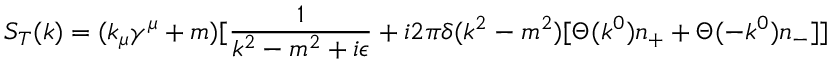
S _ { T } ( k ) = ( k _ { \mu } \gamma ^ { \mu } + m ) [ { \frac { 1 } { k ^ { 2 } - m ^ { 2 } + i \epsilon } } + i 2 \pi \delta ( k ^ { 2 } - m ^ { 2 } ) [ \Theta ( k ^ { 0 } ) n _ { + } + \Theta ( - k ^ { 0 } ) n _ { - } ] ]